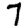
Digit: 7